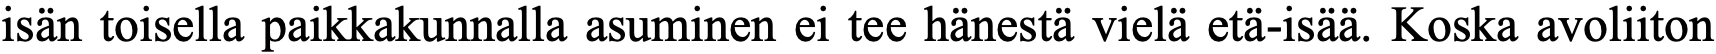
isän toisella paikkakunnalla asuminen ei tee hänestä vielä etä-isää. Koska avoliiton